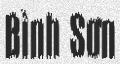
Bình Sơn